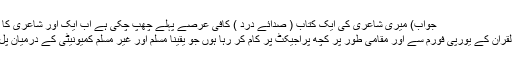
جواب) میری شاعری کی ایک کتاب ( صدائے درد ) کافی عرصے پہلے چھپ چکی ہے اب ایک اور شاعری کا مسودہ آخری مراحل میں
ہے اسکے علاوہ منہاج القران کے یورپی فورم سے اور مقامی طور پر کچھ پراجیکٹ پر کام کر رہا ہوں جو یقیناً مسلم اور غیر مسلم کمیونیٹی کے درمیان پُل کا کا م دینگے انشائاللہ!